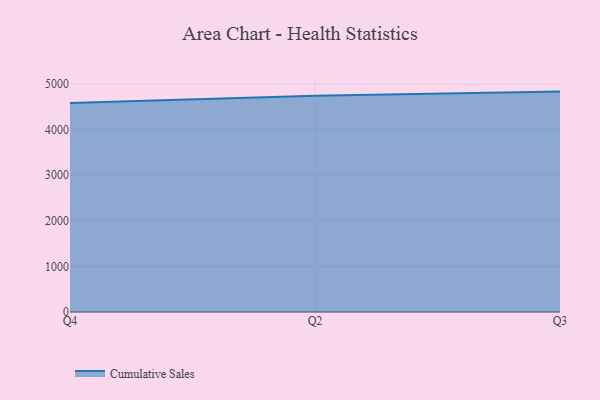
{"axis": {"x": "Quarter", "y": "Budget (USD K)"}, "legend": ["Cumulative Sales"], "data": [{"x": "Q4", "y": 4575.5, "type": "Cumulative Sales"}, {"x": "Q2", "y": 4736.3, "type": "Cumulative Sales"}, {"x": "Q3", "y": 4827.7, "type": "Cumulative Sales"}]}